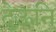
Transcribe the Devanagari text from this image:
देऊनि